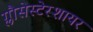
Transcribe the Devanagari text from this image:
ग्लौसेस्टेरशायर